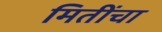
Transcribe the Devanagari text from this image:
मितींचा